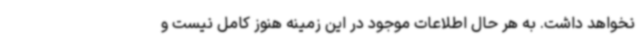
نخواهد داشت. به هر حال اطلاعات موجود در این زمینه هنوز کامل نیست و